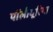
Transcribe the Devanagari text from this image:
पॉलीयूरिया